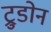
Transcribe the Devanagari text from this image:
ट्रुडोन